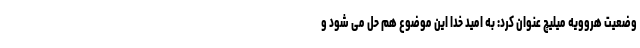
وضعیت هروویه میلیچ عنوان کرد: به امید خدا این موضوع هم حل می شود و